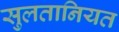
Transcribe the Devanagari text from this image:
सुलतानियत